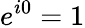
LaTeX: e^{i0}=1